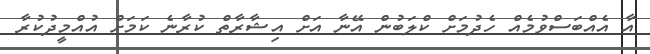
އާ އެއްބަސްވުމެއް ހެދުމަށް ކްލަބުން އޭނާ އަށް އިޝާރާތް ކުރާނެ ކަމަށް އުއްމީދުކުރާ